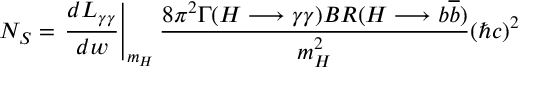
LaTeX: N _ { S } = \left. \frac { d L _ { \gamma \gamma } } { d w } \right| _ { m _ { H } } \frac { 8 \pi ^ { 2 } \Gamma ( H \longrightarrow \gamma \gamma ) B R ( H \longrightarrow b \overline { { { b } } } ) } { m _ { H } ^ { 2 } } ( \hbar c ) ^ { 2 }